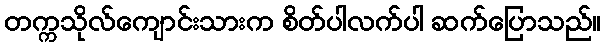
တက္ကသိုလ်ကျောင်းသားက စိတ်ပါလက်ပါ ဆက်ပြောသည်။